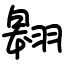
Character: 翱